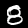
Label: 8